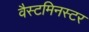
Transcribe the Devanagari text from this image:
वैस्टमिनस्टर